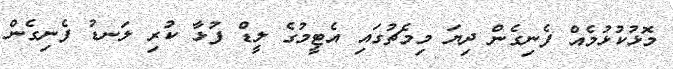
މޮޅުކުޅުމެއް ފެނިގެން ދިޔަ މިމެޗުގައި އެޓީމުގެ ލީޑް ފުޅާ ކުރި ލަނޑު ފެނިގެން